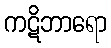
ကဋိဘာရော